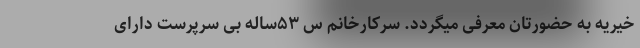
خیریه به حضورتان معرفی میگردد. سرکارخانم س ۵۳ساله بی سرپرست دارای